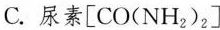
C. 尿素[CO(NH_{2})_{2}]